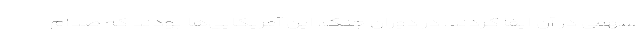
سهمی در آن ایفا کردند. در دوران جنگ، این آمریکایی‌ها بودند که صدام